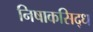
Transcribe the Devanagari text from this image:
निषाकसिद्ध